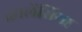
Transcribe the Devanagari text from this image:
व्हालेंसिया